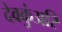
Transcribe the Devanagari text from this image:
देवकुंअरि